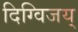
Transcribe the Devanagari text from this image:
दिग्विजय्